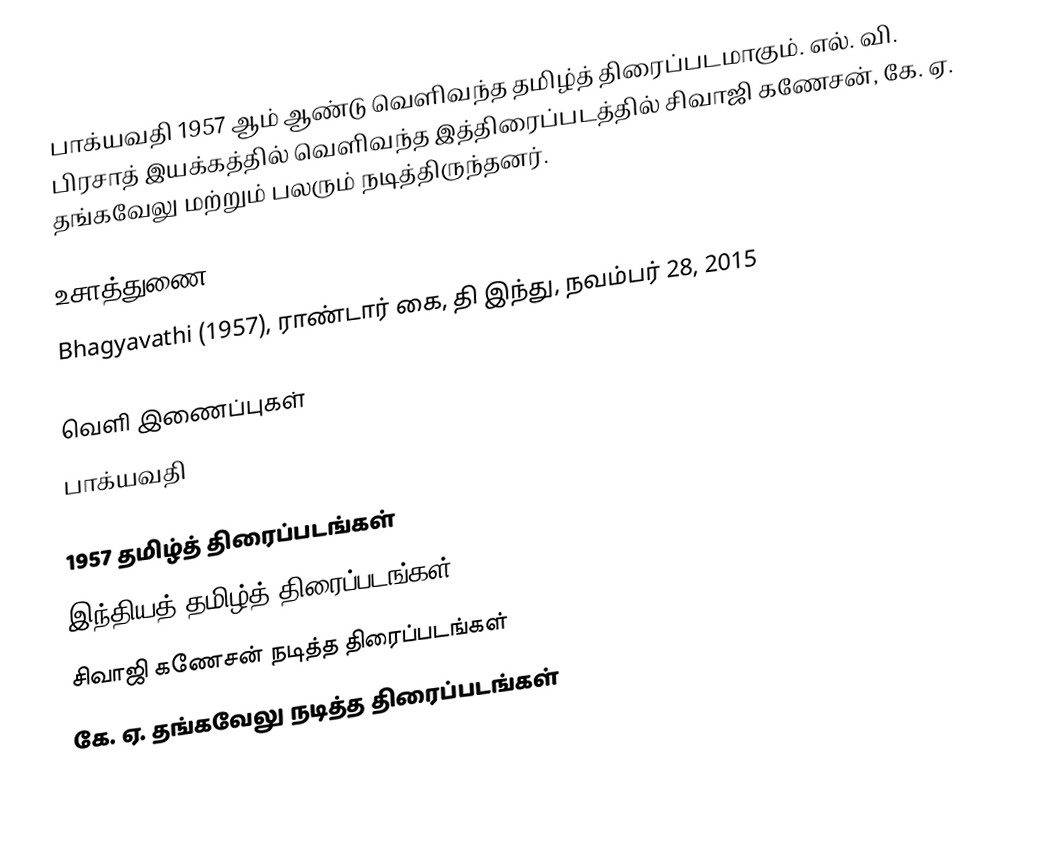
பாக்யவதி 1957 ஆம் ஆண்டு வெளிவந்த தமிழ்த் திரைப்படமாகும். எல். வி. பிரசாத் இயக்கத்தில் வெளிவந்த இத்திரைப்படத்தில் சிவாஜி கணேசன், கே. ஏ. தங்கவேலு மற்றும் பலரும் நடித்திருந்தனர்.

உசாத்துணை
Bhagyavathi (1957), ராண்டார் கை, தி இந்து, நவம்பர் 28, 2015

வெளி இணைப்புகள்
 பாக்யவதி

1957 தமிழ்த் திரைப்படங்கள்
இந்தியத் தமிழ்த் திரைப்படங்கள்
சிவாஜி கணேசன் நடித்த திரைப்படங்கள்
கே. ஏ. தங்கவேலு நடித்த திரைப்படங்கள்